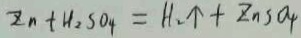
z _ { n } + H _ { 2 } S O _ { 4 } = H _ { 2 } \uparrow + z n S O _ { 4 }